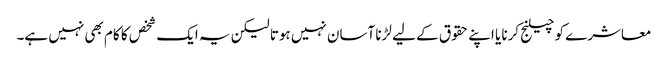
معاشرے کو چیلنج کرنا یا اپنے حقوق کے لیے لڑنا آسان نہیں ہوتا لیکن یہ ایک شخص کا کام بھی نہیں ہے۔